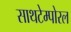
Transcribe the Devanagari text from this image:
साथटेम्पोरल